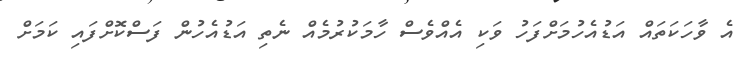
އެ ވާހަކަތައް އަޑުއެހުމަށްފަހު ވަކި އެއްވެސް ހާމަކުރުމެއް ނެތި އަޑުއެހުން ފަސްކޮށްފައި ކަމަށް